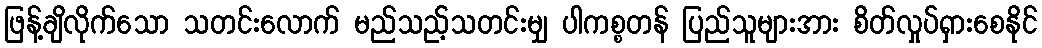
ဖြန့်ချိလိုက်သော သတင်းလောက် မည်သည့်သတင်းမျှ ပါကစ္စတန် ပြည်သူများအား စိတ်လှုပ်ရှားစေနိုင်